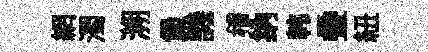
網濁溯堡譏稽纳韩叠紐